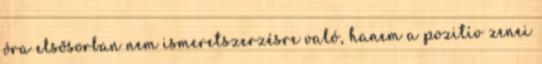
óra elsősorban nem ismeretszerzésre való, hanem a pozitív zenei